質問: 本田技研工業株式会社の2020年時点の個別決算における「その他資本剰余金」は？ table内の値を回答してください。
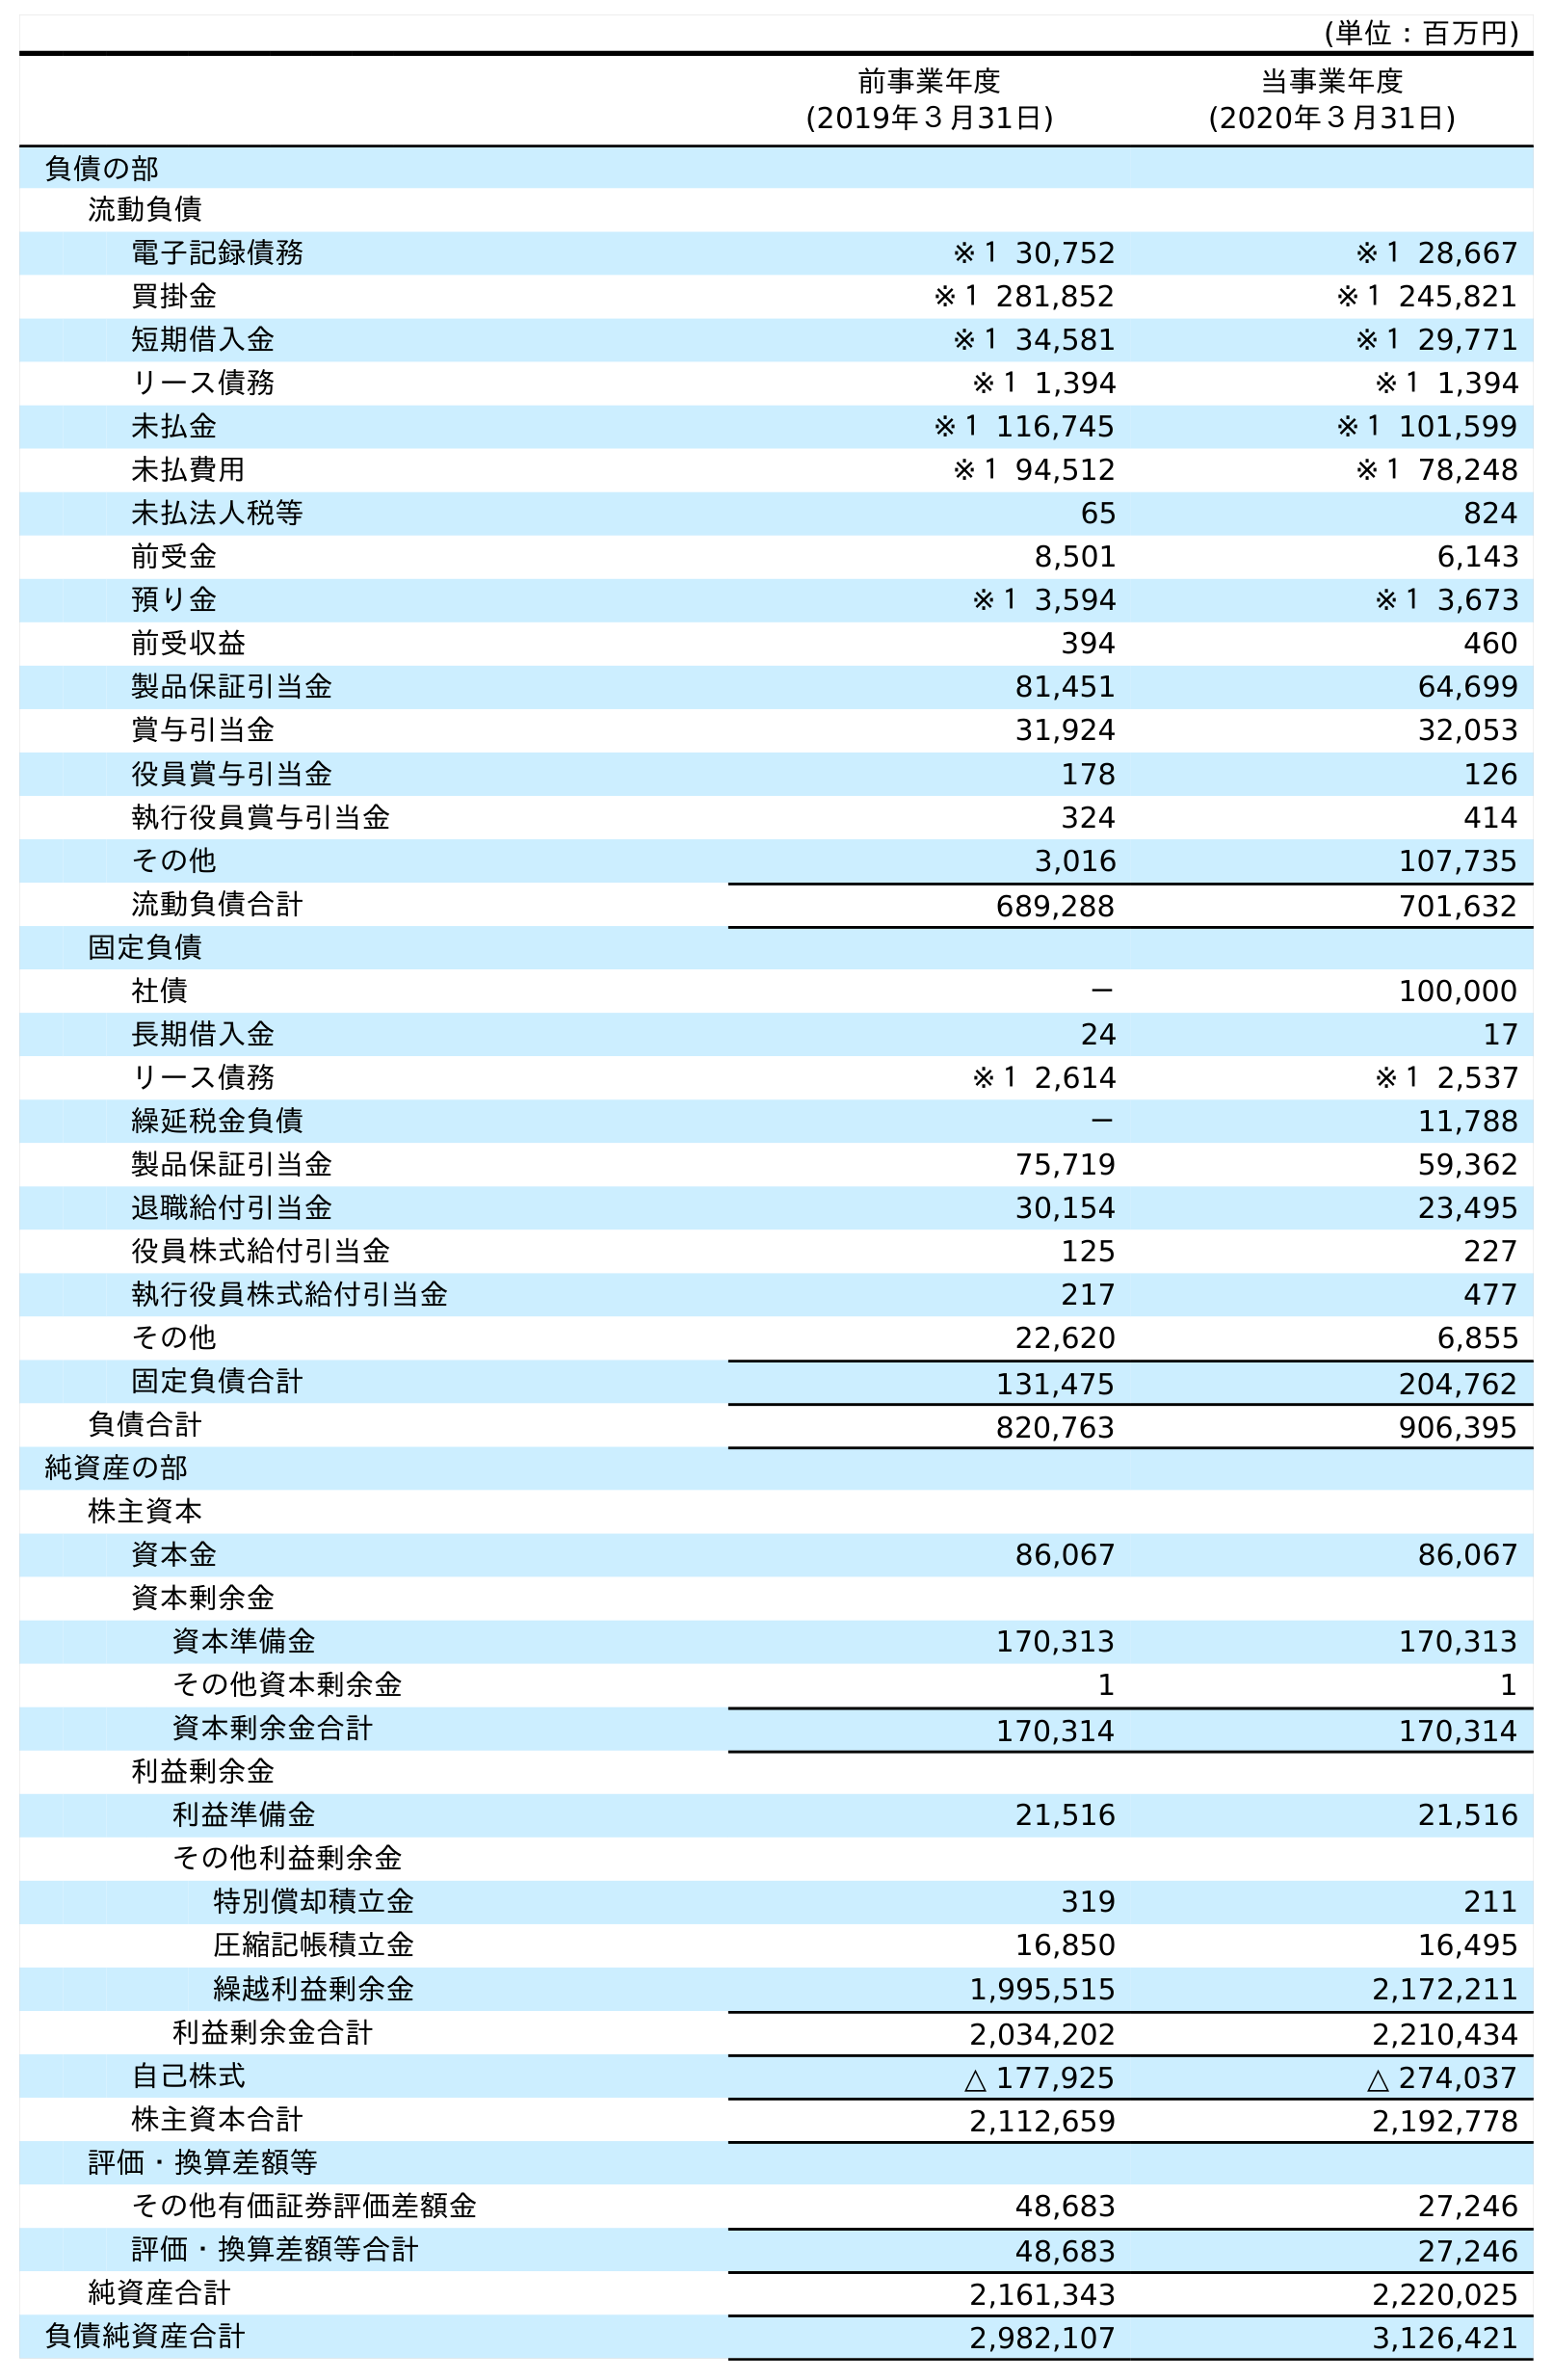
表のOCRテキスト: (単位：百万円) 前事業年度 (2019年３月31日) 当事業年度 (2020年３月31日) 負債の部 流動負債 電子記録債務 ※１ 30,752 ※１ 28,667 買掛金 ※１ 281,852 ※１ 245,821 短期借入金 ※１ 34,581 ※１ 29,771 リース債務 ※１ 1,394 ※１ 1,394 未払金 ※１ 116,745 ※１ 101,599 未払費用 ※１ 94,512 ※１ 78,248 未払法人税等 65 824 前受金 8,501 6,143 預り金 ※１ 3,594 ※１ 3,673 前受収益 394 460 製品保証引当金 81,451 64,699 賞与引当金 31,924 32,053 役員賞与引当金 178 126 執行役員賞与引当金 324 414 その他 3,016 107,735 流動負債合計 689,288 701,632 固定負債 社債 － 100,000 長期借入金 24 17 リース債務 ※１ 2,614 ※１ 2,537 繰延税金負債 － 11,788 製品保証引当金 75,719 59,362 退職給付引当金 30,154 23,495 役員株式給付引当金 125 227 執行役員株式給付引当金 217 477 その他 22,620 6,855 固定負債合計 131,475 204,762 負債合計 820,763 906,395 純資産の部 株主資本 資本金 86,067 86,067 資本剰余金 資本準備金 170,313 170,313 その他資本剰余金 1 1 資本剰余金合計 170,314 170,314 利益剰余金 利益準備金 21,516 21,516 その他利益剰余金 特別償却積立金 319 211 圧縮記帳積立金 16,850 16,495 繰越利益剰余金 1,995,515 2,172,211 利益剰余金合計 2,034,202 2,210,434 自己株式 △ 177,925 △ 274,037 株主資本合計 2,112,659 2,192,778 評価・換算差額等 その他有価証券評価差額金 48,683 27,246 評価・換算差額等合計 48,683 27,246 純資産合計 2,161,343 2,220,025 負債純資産合計 2,982,107 3,126,421
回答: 1